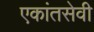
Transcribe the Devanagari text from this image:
एकांतसेवी